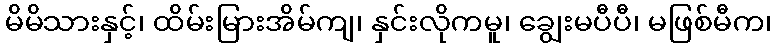
မိမိသားနှင့်၊ ထိမ်းမြားအိမ်ကျ၊ နှင်းလိုကမူ၊ ချွေးမပီပီ၊ မဖြစ်မီက၊